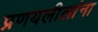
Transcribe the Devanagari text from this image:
प्रणयलीलांना